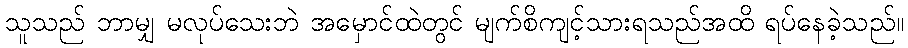
သူသည် ဘာမျှ မလုပ်သေးဘဲ အမှောင်ထဲတွင် မျက်စိကျင့်သားရသည်အထိ ရပ်နေခဲ့သည်။